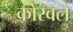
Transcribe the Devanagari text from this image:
कोरवले